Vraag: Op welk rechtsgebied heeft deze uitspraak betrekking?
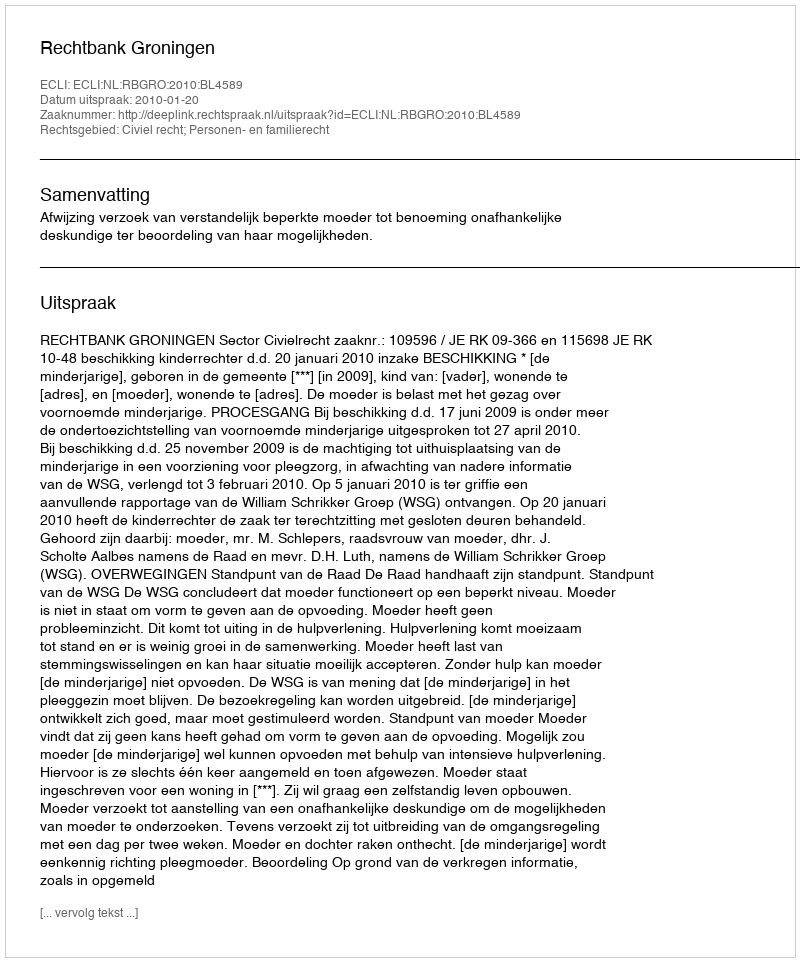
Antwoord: Civiel recht; Personen- en familierecht